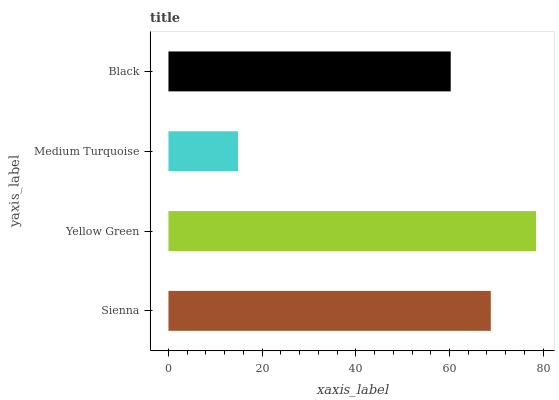
| yaxis_label | bars |
 | --- | --- |
 | Sienna | 68.8 |
 | Yellow Green | 78.5 |
 | Medium Turquoise | 14.9 |
 | Black | 60.3 |